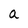
Character: a